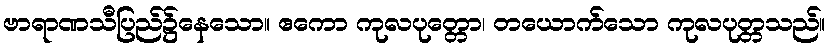
ဗာရာဏသီပြည်၌နေသော။ ဧကော ကုလပုတ္တော၊ တယောက်သော ကုလပုတ္တသည်။